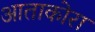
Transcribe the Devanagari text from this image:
आताकोरा